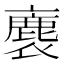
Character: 𧜫